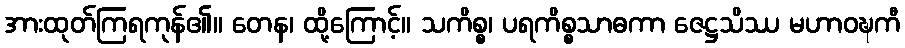
အားထုတ်ကြရကုန်၏။ တေန၊ ထို့ကြောင့်။ သကိစ္စ၊ ပရကိစ္စသာဓကာ ဇေဋ္ဌသိဿ မဟာဝဍ္ဎကီ